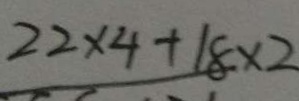
2 2 \times 4 + 1 8 \times 2